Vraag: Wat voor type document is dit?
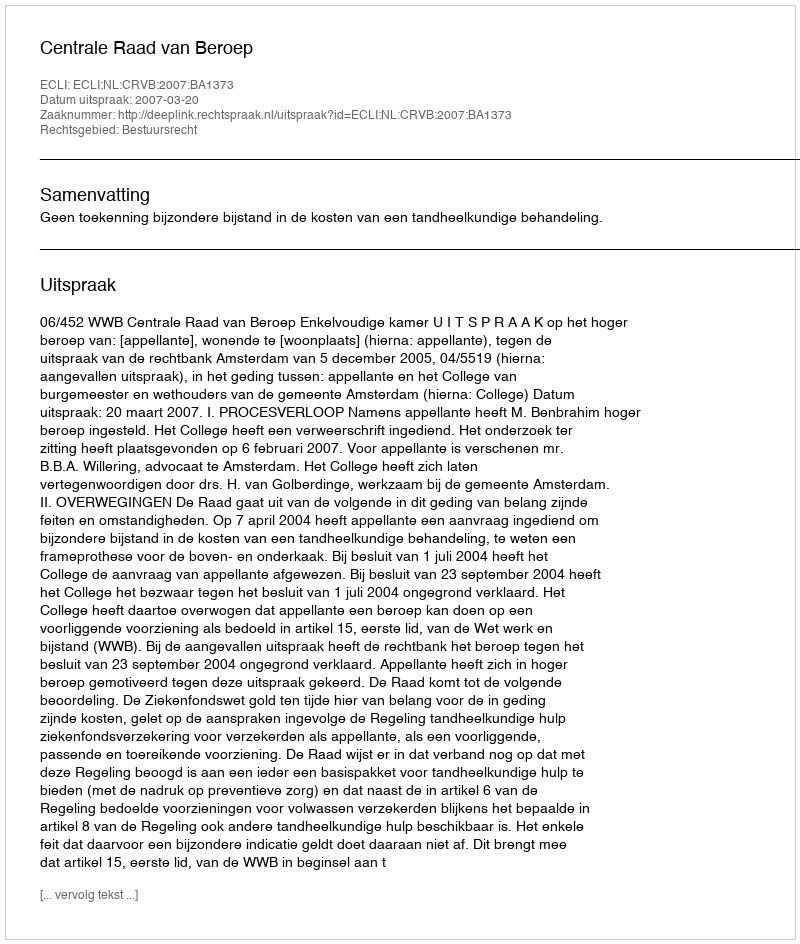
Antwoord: Uitspraak